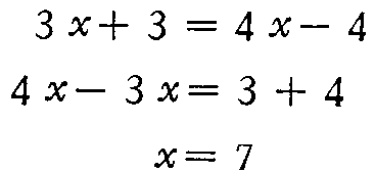
\[

\begin{align*}

3x + 3&=4x - 4\\

4x-3x&=3 + 4\\

x&=7

\end{align*}

\]